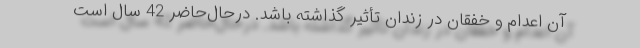
آن اعدام و خفقان در زندان تأثیر گذاشته باشد. درحال‌حاضر 42 سال است